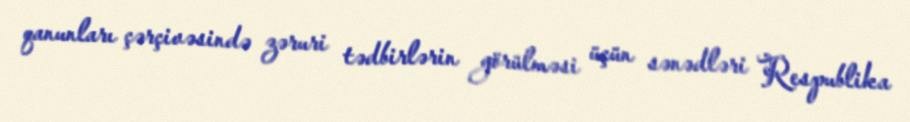
qanunları çərçivəsində zəruri tədbirlərin görülməsi üçün sənədləri Respublika